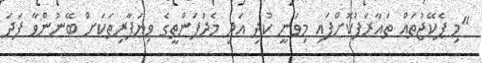
"މި ޕެކޭޖުތައް ތައާރަފުކޮށްފައި މިވަނީ ކުދި އަދި މެދުފަންތީގެ ވިޔަފާރިތަކަށް ބޭނުންވާ ފަދަ